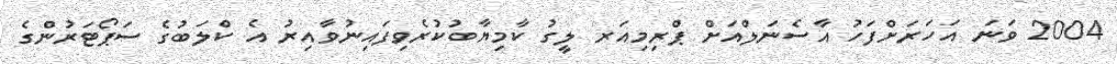
2004 ވަނަ އަހަރަށްފަހު އާސެނަލްއަށް ޕްރިމިއަރ ލީގު ކާމިޔާބުކުރެވިފައިނުވާއިރު އެ ކްލަބުގެ ސަޕޯޓަރުންގެ